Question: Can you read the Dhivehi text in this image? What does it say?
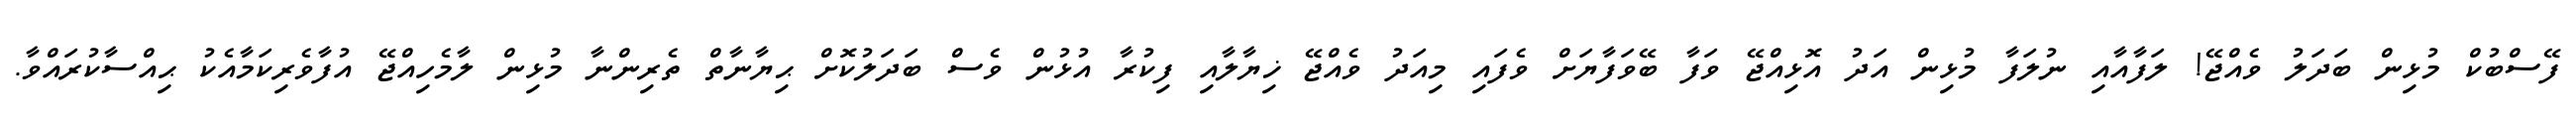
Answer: ފޭސްބުކް މުޅިން ބަދަލު ވެއްޖޭ! ލަފާއާއި ނުލަފާ މުޅިން އަދު އޮޅިއްޖޭ ވަފާ ބޭވަފާޔަށް ވެފައި މިއަދު ވެއްޖޭ ޚިޔާލާއި ފިކުރާ އުޅުން ވެސް ބަދަލުކޮށް ޙިޔާނާތް ތެރިންނާ މުޅިން ލާމެހިއްޖޭ އުފާވެރިކަމާއެކު ޙިއްސާކުރައްވާ.